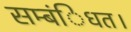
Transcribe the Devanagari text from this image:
सम्बंिधत।